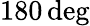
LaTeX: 180\, \mathrm{deg}